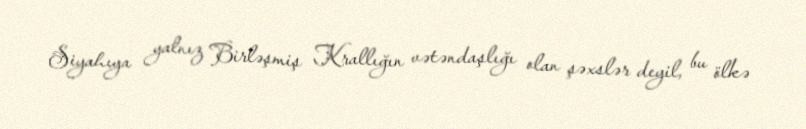
Siyahıya yalnız Birləşmiş Krallığın vətəndaşlığı olan şəxslər deyil, bu ölkə